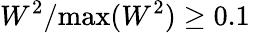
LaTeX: W^{2}/\mathrm{max}(W^{2})\geq 0.1\